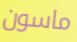
ماسون